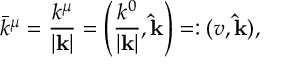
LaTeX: \bar { k } ^ { \mu } = \frac { k ^ { \mu } } { | \mathbf { k } | } = \left( \frac { k ^ { 0 } } { | \mathbf { k } | } , \mathbf { \hat { k } } \right) = : ( v , \mathbf { \hat { k } } ) ,